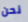
نحن